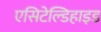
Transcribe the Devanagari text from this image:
एसिटेल्डिहाइड